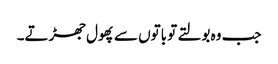
جب وہ بولتے تو باتوں سے پھول جھڑتے۔